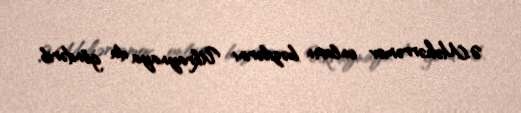
Ə.Məhərrəmov onların bəzilərini Ukraynaya da göndərib.